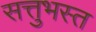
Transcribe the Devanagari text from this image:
सत्तुभस्त